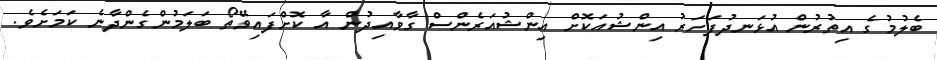
ބެލުމުގެ އިތުރުން އުޅަނދުފަހަރު އިންޝުއަކޮށް އިންޝުއަރެންސް ގާވާއިދުން އާ ކޮށްފައިވޭތޯ ބަލަމުންގެންދާނެ ކަމަށެވެ.